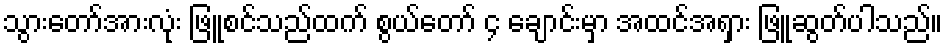
သွားတော်အားလုံး ဖြူစင်သည်ထက် စွယ်တော် ၄ ချောင်းမှာ အထင်အရှား ဖြူဆွတ်ပါသည်။